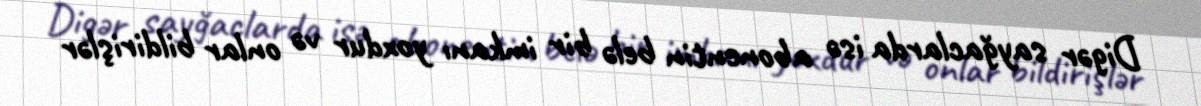
Digər sayğaclarda isə abonentin belə bir imkanı yoxdur və onlar bildirişlər